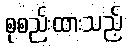
စုစည်းထားသည့်